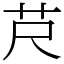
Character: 𦬨